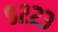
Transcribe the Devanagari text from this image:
९२२३